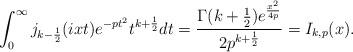
LaTeX: \begin{align*}\int_{0}^{\infty}j_{k-\frac{1}{2}}(ixt)e^{-pt^{2}}t^{k+\frac{1}{2}}dt=\frac{\Gamma(k+\frac{1}{2})e^{\frac{x^{2}}{4p}}}{2p^{k+\frac{1}{2}}}=I_{k,p}(x).\end{align*}